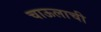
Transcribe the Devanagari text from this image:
चाऊलाची